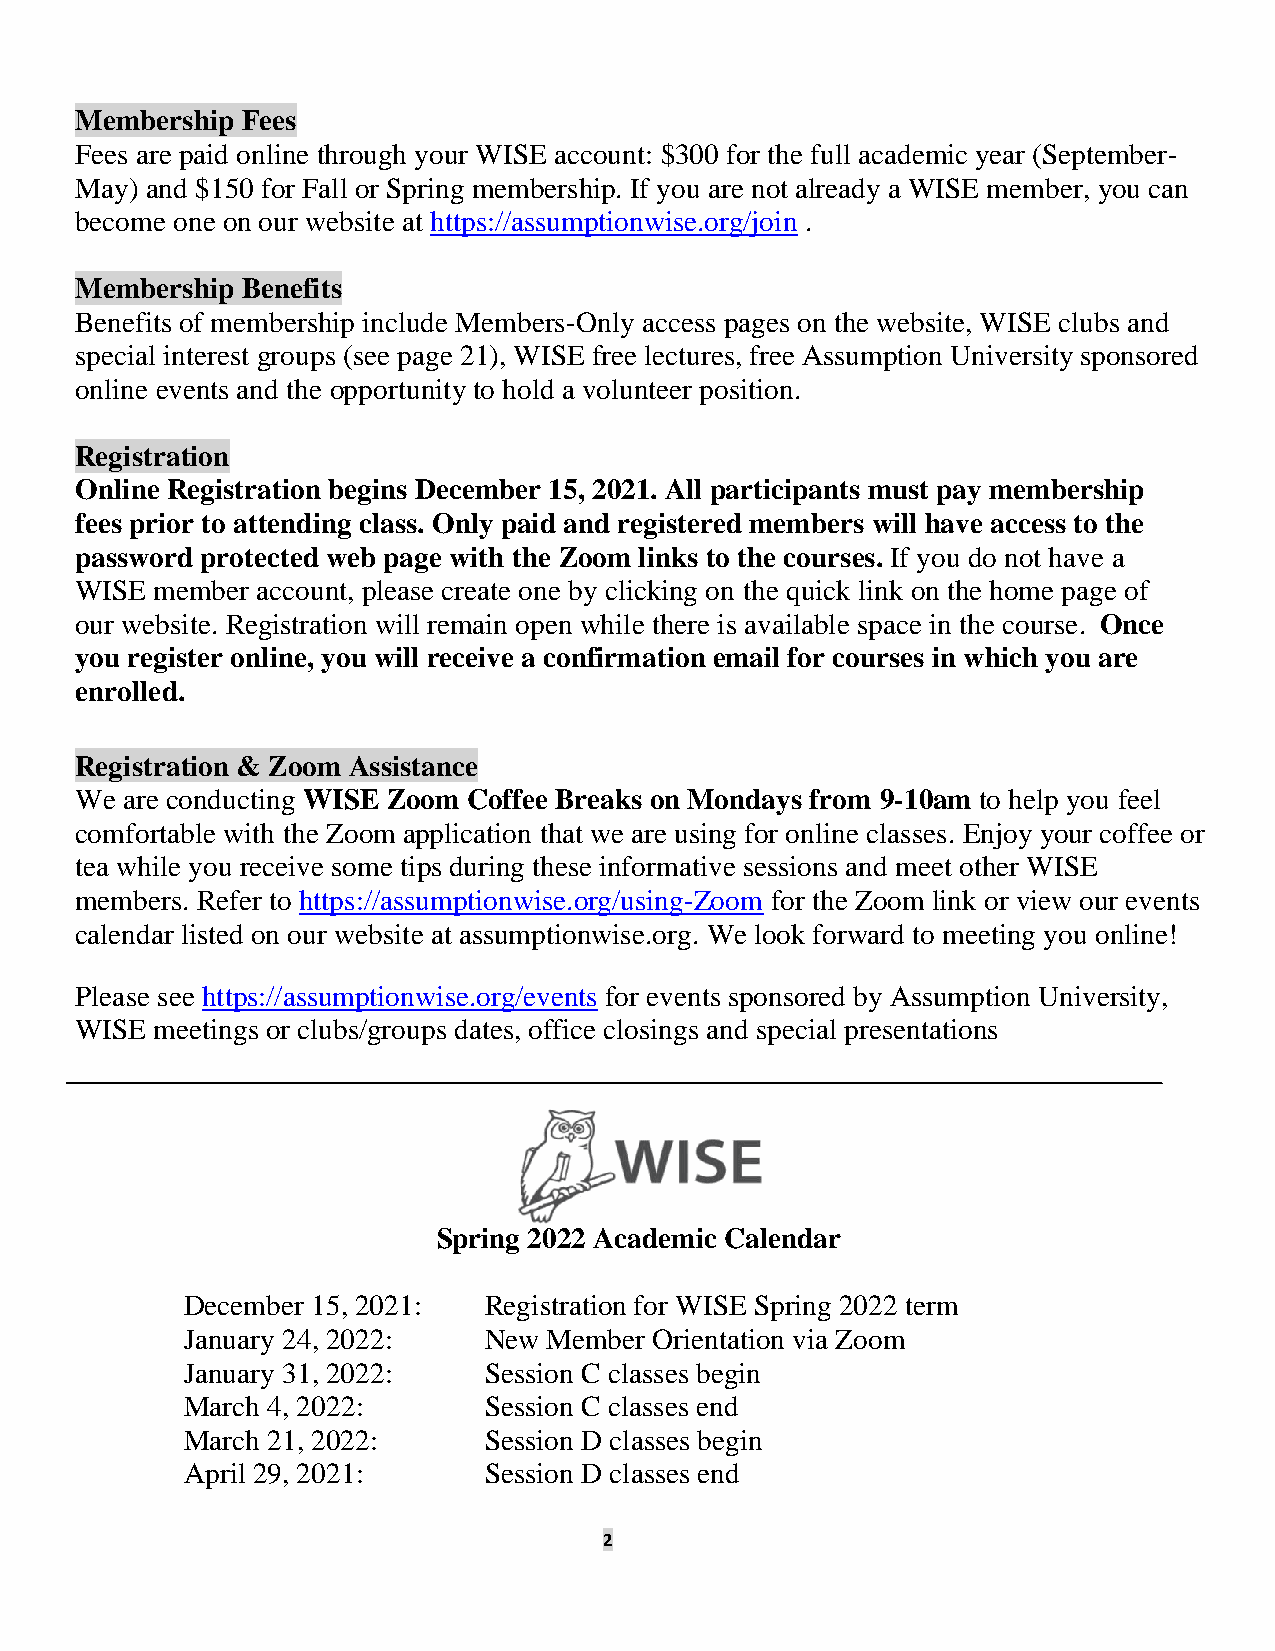
Membership Fees
 Fees are paid online through your WISE account: $300 for the full academic year (September-
 May) and $150 for Fall or Spring membership. If you are not already a WISE member, you can
 become one on our website at https://assumptionwise.org/join .
 Membership Benefits
 Benefits of membership include Members-Only access pages on the website, WISE clubs and
 special interest groups (see page 21), WISE free lectures, free Assumption University sponsored
 online events and the opportunity to hold a volunteer position.
 Registration
 Online Registration begins December 15, 2021. All participants must pay membership
 fees prior to attending class. Only paid and registered members will have access to the
 password protected web page with the Zoom links to the courses. If you do not have a
 WISE member account, please create one by clicking on the quick link on the home page of
 our website. Registration will remain open while there is available space in the course. Once
 you register online, you will receive a confirmation email for courses in which you are
 enrolled.
 Registration & Zoom Assistance
 We are conducting WISE Zoom Coffee Breaks on Mondays from 9-10am to help you feel
 comfortable with the Zoom application that we are using for online classes. Enjoy your coffee or
 tea while you receive some tips during these informative sessions and meet other WISE
 members. Refer to https://assumptionwise.org/using-Zoom for the Zoom link or view our events
 calendar listed on our website at assumptionwise.org. We look forward to meeting you online!
 Please see https://assumptionwise.org/events for events sponsored by Assumption University,
 WISE meetings or clubs/groups dates, office closings and special presentations
 Spring 2022 Academic Calendar
 December 15, 2021:  Registration fo r WISE Spring 2022 term
 January 24, 2022:   New Member Orientation via Zoom
 January 31, 2022:   Session C classes begin
 March 4, 2022:      Session C classes end
 Mar ch 21, 2022:    Session D classes begin
 Apr il 29, 2 021:   Session D classes end
 2